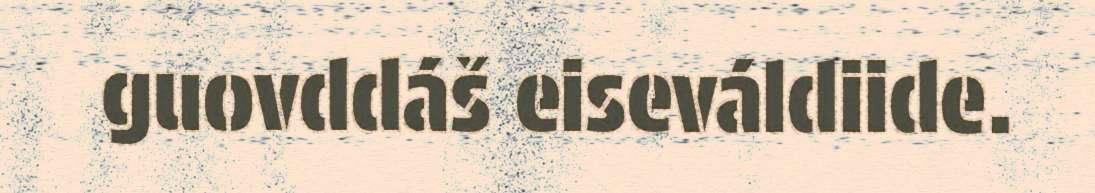
guovddáš eiseváldiide.